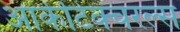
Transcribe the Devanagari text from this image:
आर्कीटेक्चरल्स